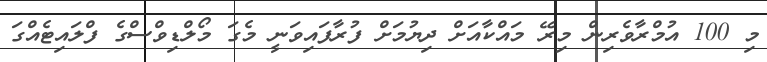
މި 100 އުމްރާވެރިން މިރޭ މައްކާއަށް ދިޔުމަށް ފުރާފައިވަނީ މެގަ މޯލްޑިވްސްގެ ފްލައިޓެއްގަ